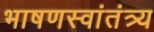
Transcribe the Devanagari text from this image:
भाषणस्वांतंत्र्य